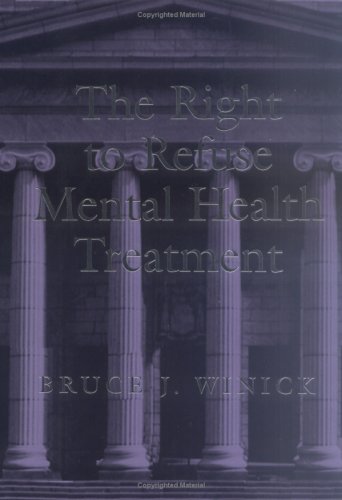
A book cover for The Right to Refuse Mental Health Treatment (Law and Public Policy: Psychology and the Social Sciences); Bruce J. Winick; Law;